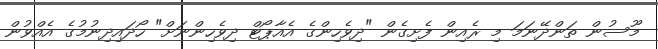
މޫސުން ތަންދޭނަމަ މި ރެއިން ފެށިގެން "ދިވެހިންގެ އެއާޕޯޓް ދިވެހިންނަށް" ހޯދައިދިނުމުގެ އެއްވުން